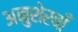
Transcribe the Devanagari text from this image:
अनुशेरवाँ